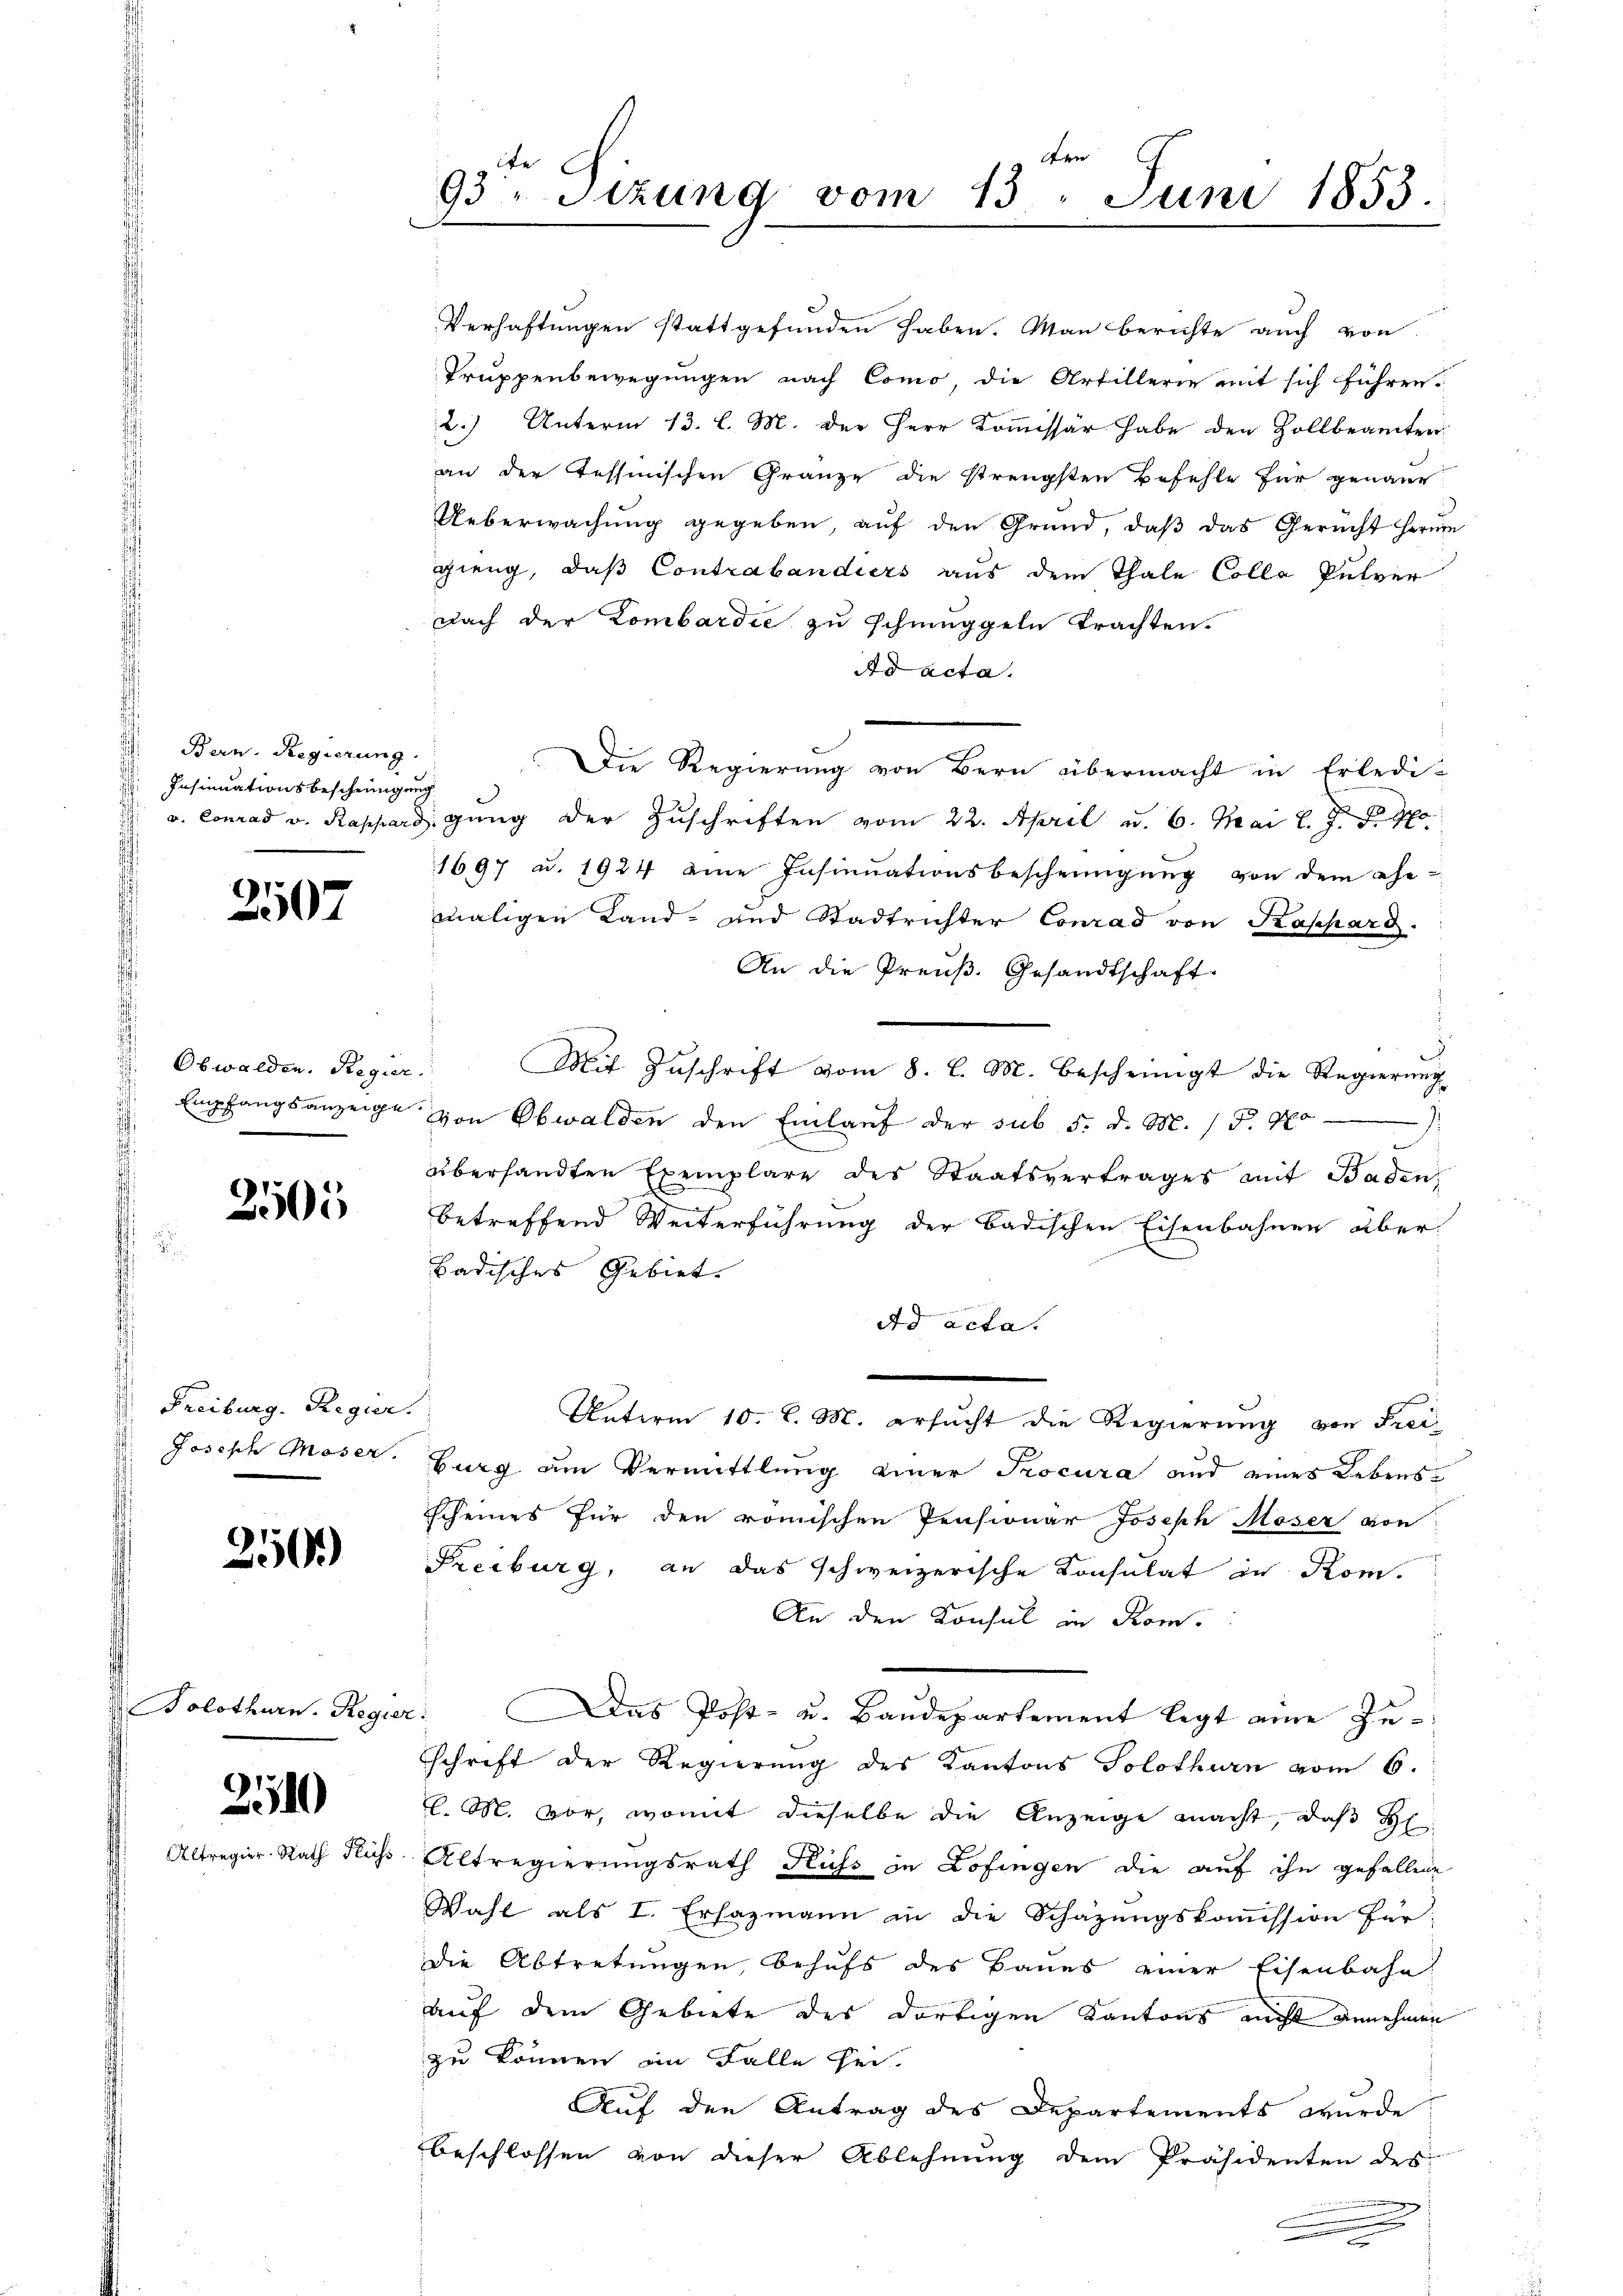
Bern. Regierung
Insinuationsbescheinigung

Obwalden. Regier

Alter

2507

3505

. Freiburg. Regier
 Joseph Moser.

250)

Bolothurn. Regie

210

Rath Flüss

Fr
93. Sitzung vom 13. Juni 1853.

Verhaftungen stattgefunden haben. Man berichte auch von
Truppenbewegungen nach Como, die Artillerie mit sich führen.
2.) Unterm 13. l. M. der Herr Kommissär habe den Zollbeamten
an der Tessinischen Gränze die strengsten Befehle für genaue
Ueberwachung gegeben, auf den Grund, daß das Gericht herum
gieng, daß Contrabandiers aus dem Thale Colla Pulver
nach der Lombardie zu schmuggeln trachten.
Ad acta.
Die Regierung von Bern übermacht in Erledi-
v. Conrad v. Rappard, gang der Zuschriften vom 22. April u. 6. Mai l. J. J. Mo
1697 u. 1924 eine Insinuationsbescheinigung von dem Ge-
maligen Land- und Stadtrichter Conrad von Kappard.
An die Preuß. Gesandtschaft.
Mit Zuschrift vom 8. l. M. bescheinigt die Regierung
Empfangsanzeige von Obwalden den Einlaŭf der sub 5. d. M. / 5.40
übersandten Exemplare des Staatsvertrages mit Baden
betreffend Weiterführung der badischen Eisenbahnen über¬
Badisches Gebiet.
Ad acta.

d
Unterm 10. l. M. ersucht die Regierung von Freiburg am Vermittlung einer Procura und eines Lebensscheines für den römischen Pensionär Joseph Moser von
Freiburg, an das schweizerische Consulat in Kom
An den Konsul in Rom.
er: Das Post- u. Baudepartement legt eine Zuschrift der Regierung des Kantons Solothurn vom 6.
l. M. vor, womit dieselbe die Anzeige macht, daß H
Altregierungsrath Kuss in Lofingen die auf ihn gefallene
Wahl als I. Ersazmann in die Schäzŭngskoṁission für
Die Abtretungen, behufs des Baues einer Eisenbahn
auf dem Gebiete des dortigen Kantons nicht annehmen
zu können im Falle sei.
Auf den Antrag des Departements wurde
beschlossen von dieser Ablehnung dem Präsidenten des
.